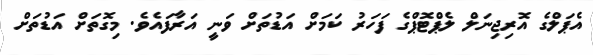
އެޕަލްގެ އޮރިޖިނަލް ލެޕްޓޮޕްގެ ފަހަރު ކަމަށް އަޑުތަށް ވަނީ އަރާފައެވެ. މިގޮތަށް އަޑުތަށް